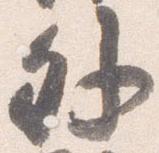
外